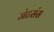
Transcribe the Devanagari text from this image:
जेटसंस